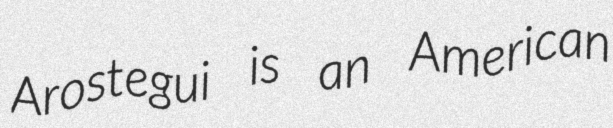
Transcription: Arostegui is an American